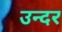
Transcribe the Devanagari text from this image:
उन्दर